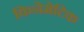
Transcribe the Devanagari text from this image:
किनेमेटिक